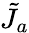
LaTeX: \tilde{J}_{a}